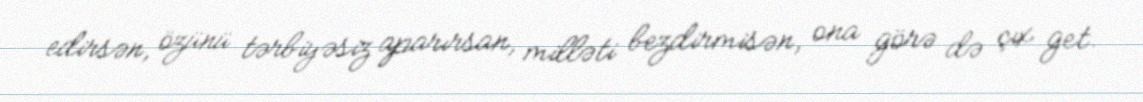
edirsən, özünü tərbiyəsiz aparırsan, milləti bezdirmisən, ona görə də çıx get.